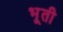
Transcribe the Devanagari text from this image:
भूती